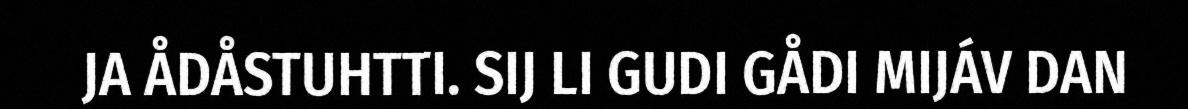
JA ÅDÅSTUHTTI. SIJ LI GUDI GÅDI MIJÁV DAN